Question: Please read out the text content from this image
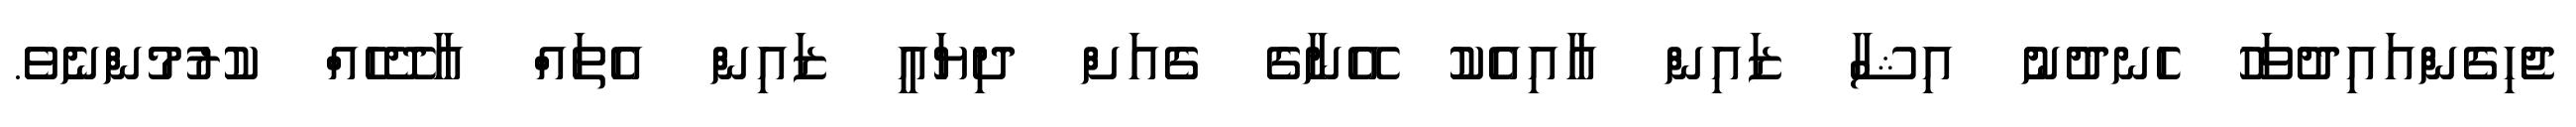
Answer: ޖެހިގެންއައިދުވަހު ހެނދުުނު އިޝާ ޒައިން އާއިއެކު އޭނާގެ ގެއަށް ދިޔައީ ޒައިން އެތައް އާދޭހެއް ކުރުމުންނެވެ.